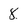
Character: 8